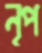
নৃপ